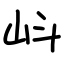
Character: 㞳